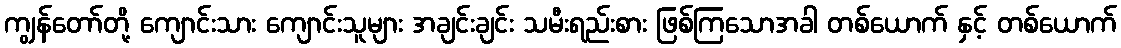
ကျွန်တော်တို့ ကျောင်းသား ကျောင်းသူများ အချင်းချင်း သမီးရည်းစား ဖြစ်ကြသောအခါ တစ်ယောက် နှင့် တစ်ယောက်